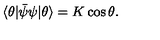
\langle \theta | \bar { \psi } \psi | \theta \rangle = K \cos \theta .